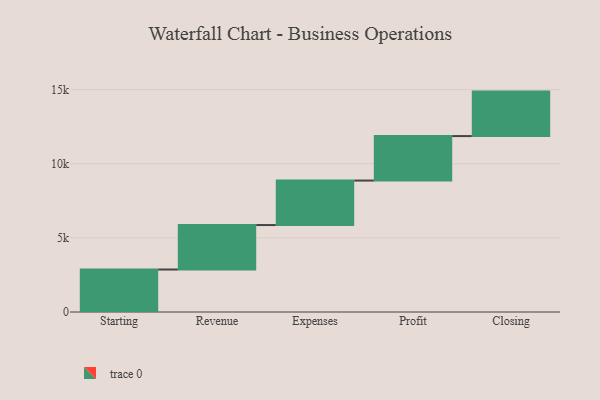
{"axis": {"x": "Step", "y": "Value"}, "legend": [""], "data": [{"x": "Starting", "y": 2865.0, "type": ""}, {"x": "Revenue", "y": 3000, "type": ""}, {"x": "Expenses", "y": 3000, "type": ""}, {"x": "Profit", "y": 3000, "type": ""}, {"x": "Closing", "y": 3000, "type": ""}]}